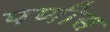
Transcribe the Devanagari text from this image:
पणीस